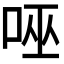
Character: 𭇹